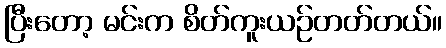
ပြီးတော့ မင်းက စိတ်ကူးယဉ်တတ်တယ်။